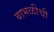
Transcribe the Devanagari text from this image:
बाभळीची